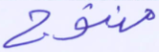
منتوج